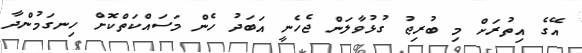
އޭގެ އިތުރަށް މި ބުރިޖު ގުޅުވާލަން ޖެހެނީ އަބަދު ހެން މަސައްކަތްކޮށް ހިނގަމުންދާ